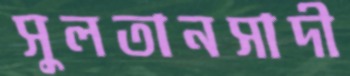
সুলতানসাদী